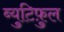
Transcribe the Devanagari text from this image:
ब्युटिफ़ुल